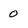
Character: 0